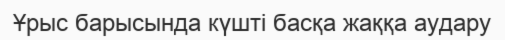
Ұрыс барысында күшті басқа жаққа аудару